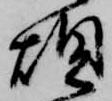
煩